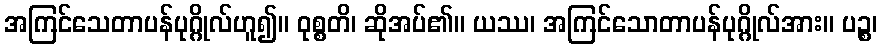
အကြင်သေတာပန်ပုဂ္ဂိုလ်ဟူ၍။ ဝုစ္စတိ၊ ဆိုအပ်၏။ ယဿ၊ အကြင်သောတာပန်ပုဂ္ဂိုလ်အား။ ပဉ္စ၊